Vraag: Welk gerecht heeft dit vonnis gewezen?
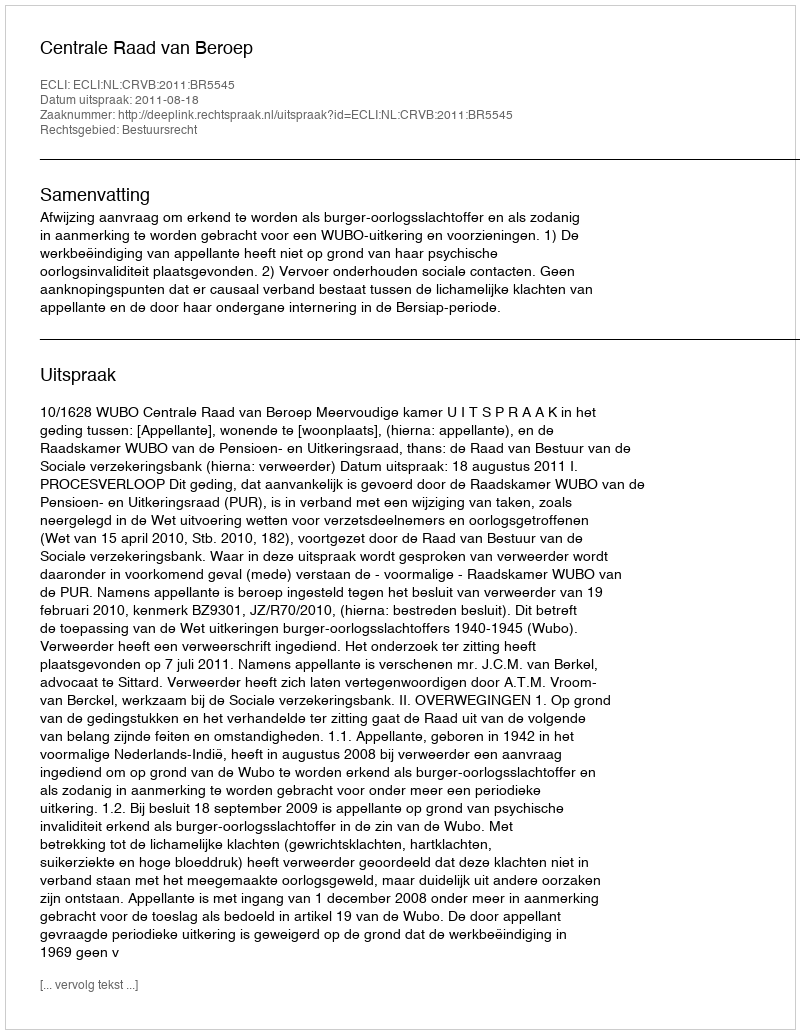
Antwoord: Centrale Raad van Beroep